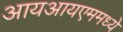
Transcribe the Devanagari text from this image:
आयआयएममध्ये